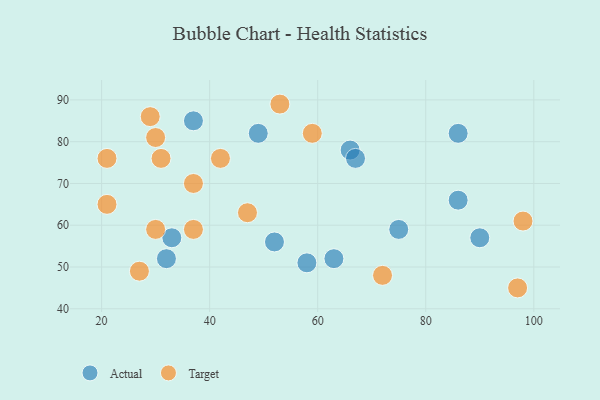
{"axis": {"x": "GDP", "y": "Life Expectancy"}, "legend": ["Actual", "Target"], "data": [{"x": "66", "y": 78, "type": "Actual"}, {"x": "75", "y": 59, "type": "Actual"}, {"x": "86", "y": 66, "type": "Actual"}, {"x": "52", "y": 56, "type": "Actual"}, {"x": "37", "y": 85, "type": "Actual"}, {"x": "63", "y": 52, "type": "Actual"}, {"x": "58", "y": 51, "type": "Actual"}, {"x": "67", "y": 76, "type": "Actual"}, {"x": "86", "y": 82, "type": "Actual"}, {"x": "49", "y": 82, "type": "Actual"}, {"x": "90", "y": 57, "type": "Actual"}, {"x": "33", "y": 57, "type": "Actual"}, {"x": "32", "y": 52, "type": "Actual"}, {"x": "21", "y": 76, "type": "Target"}, {"x": "37", "y": 70, "type": "Target"}, {"x": "30", "y": 59, "type": "Target"}, {"x": "59", "y": 82, "type": "Target"}, {"x": "98", "y": 61, "type": "Target"}, {"x": "29", "y": 86, "type": "Target"}, {"x": "30", "y": 81, "type": "Target"}, {"x": "21", "y": 65, "type": "Target"}, {"x": "27", "y": 49, "type": "Target"}, {"x": "97", "y": 45, "type": "Target"}, {"x": "31", "y": 76, "type": "Target"}, {"x": "47", "y": 63, "type": "Target"}, {"x": "53", "y": 89, "type": "Target"}, {"x": "42", "y": 76, "type": "Target"}, {"x": "37", "y": 59, "type": "Target"}, {"x": "72", "y": 48, "type": "Target"}]}